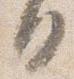
日